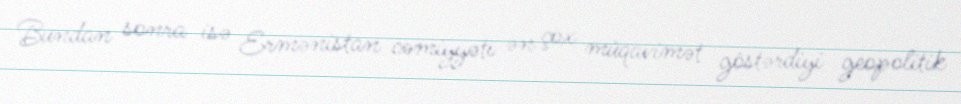
Bundan sonra isə Ermənistan cəmiyyəti ən çox müqavimət göstərdiyi geopolitik